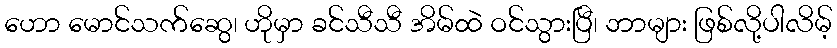
ဟော မောင်သက်ဆွေ၊ ဟိုမှာ ခင်သီသီ အိမ်ထဲ ဝင်သွားပြီ၊ ဘာများ ဖြစ်လို့ပါလိမ့်